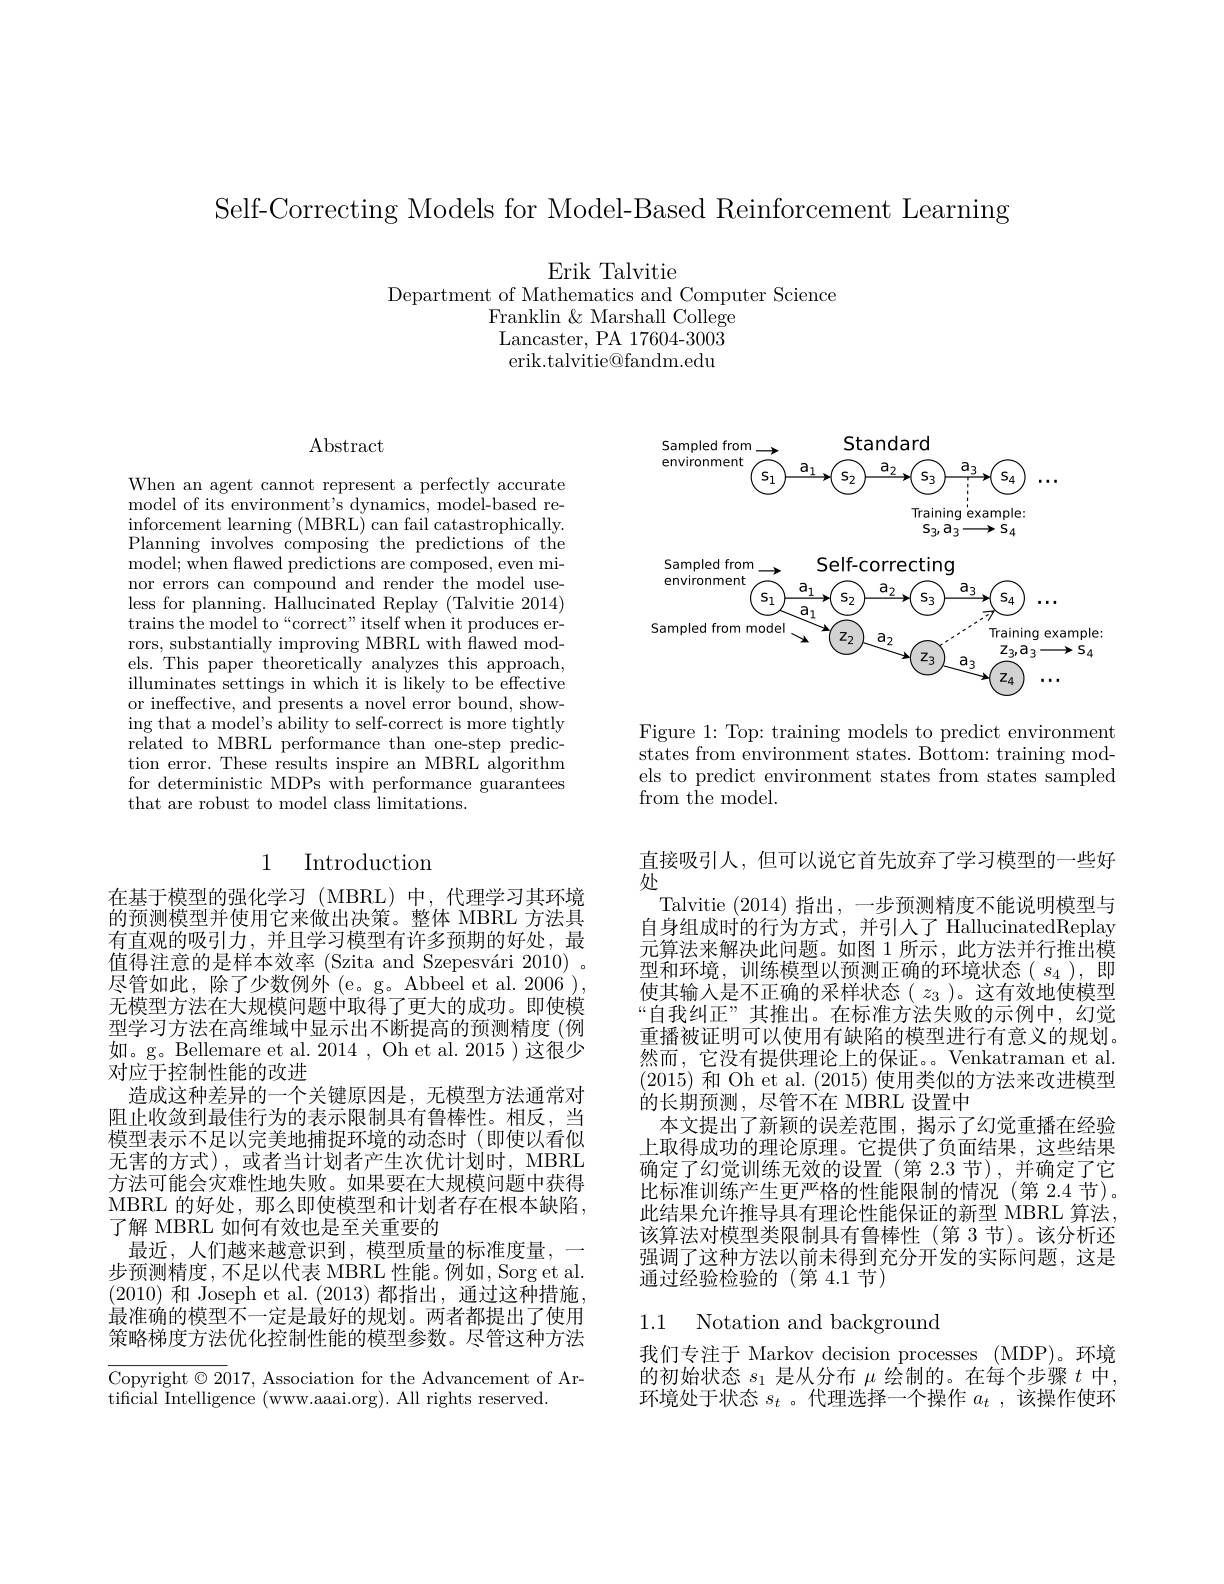
Self-Correcting Models for Model-Based Reinforcement Learning

Erik Talvitie
Department of Mathematics and Computer Science
Franklin & Marshall College Lancaster, PA 17604-3003 erik.talvitie@fandm.edu

## $\operatorname{Abstract}$

When an agent cannot represent a perfectly accurate model of its environment's dynamics, model-based re- $\begin{array}{l}\mathrm{inforcement~learning~(MBRL)~can~fail~catastrophically.}\end{array}$ Planning involves composing the predictions of the model; when flawed predictions are composed, even minor errors can compound and render the model useless for planning. Hallucinated Replay (Talvitie 2014) trains the model to“correct" itself when it produces errors, substantially improving MBRL with flawed models. This paper theoretically analyzes this approach, illuminates settings in which it is likely to be effective or ineffective, and presents a novel error bound, showing that a model's ability to self-correct is more tightly related to MBRL performance than one-step prediction error. These results inspire an MBRL algorithm for deterministic MDPs with performance guarantees that are robust to model class limitations.

## 1 Introduction

在基于模型的强化学习(MBRL)中，代理学习其环境的预测模型并使用它来做出决策。整体 MBRL 方法具有直观的吸引力，并且学习模型有许多预期的好处，最值得注意的是样本效率 (Szita and Szepesvári 2010) 。尽管如此，除了少数例外(e。g。Abbeel et al. 2006), 无模型方法在大规模问题中取得了更大的成功。即使模型学习方法在高维域中显示出不断提高的预测精度(例如。g。Bellemare et al. 2014 , Oh et al. 2015 )这很少对应于控制性能的改进
造成这种差异的一个关键原因是，无模型方法通常对阻止收敛到最佳行为的表示限制具有鲁棒性。相反，当模型表示不足以完美地捕捉环境的动态时(即使以看似无害的方式),或者当计划者产生次优计划时，MBRL 方法可能会灾难性地失败。如果要在大规模问题中获得MBRL 的好处，那么即使模型和计划者存在根本缺陷， 了解 MBRL 如何有效也是至关重要的
最近，人们越来越意识到，模型质量的标准度量，一步预测精度，不足以代表 MBRL 性能。例如，Sorg et al. (2010)和 Joseph et al.(2013)都指出，通过这种措施最准确的模型不一定是最好的规划。两者都提出了使用策略梯度方法优化控制性能的模型参数。尽管这种方法

Copyright $\odot2017$, Association for the Advancement of Ar-
tificial Intelligence (www.aaai.org). All rights reserved.

Standard
Sampled from environment
$S_{1}$
$S=$
$S_{4}$
$S_2$
Training example: $S_{3},a_{3}\longrightarrow S_{4}$

Sampled from
<FigureHere>

Figure 1: Top: training models to predict environment states from environment states. Bottom: training models to predict environment states from states sampled from the model.

直接吸引人，但可以说它首先放弃了学习模型的一些好
处
Talvitie (2014)指出，一步预测精度不能说明模型与自身组成时的行为方式，并引入了 HallucinatedReplay 元算法来解决此问题。如图 1 所示，此方法并行推出模型和环境，训练模型以预测正确的环境状态( $s_4$ ),即使其输入是不正确的采样状态( $z_3$ )。这有效地使模型“自我纠正”其推出。在标准方法失败的示例中，幻觉重播被证明可以使用有缺陷的模型进行有意义的规划。然而，它没有提供理论上的保证。。Venkatraman et al. (2015)和 Oh et al. (2015)使用类似的方法来改进模型的长期预测，尽管不在 MBRL 设置中
本文提出了新颖的误差范围，揭示了幻觉重播在经验上取得成功的理论原理。它提供了负面结果，这些结果确定了幻觉训练无效的设置(第 2.3 节),并确定了它比标准训练产生更严格的性能限制的情况(第 2.4 节)。此结果允许推导具有理论性能保证的新型 MBRL 算法， 该算法对模型类限制具有鲁棒性(第 3 节)。该分析还强调了这种方法以前未得到充分开发的实际问题，这是通过经验检验的(第4.1节)

### 1.1 Notation and background

我们专注于 Markov decision processes (MDP)。环境的初始状态$s_1$是从分布$\mu$绘制的。在每个步骤$t$中， 环境处于状态$s_t$ 。代理选择一个操作$a_t$ ,该操作使环